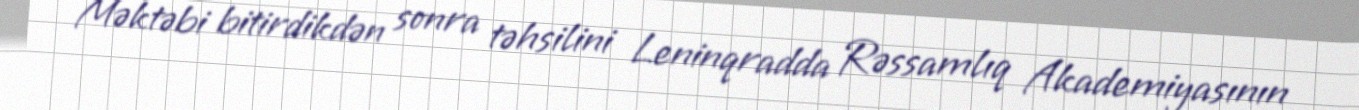
Məktəbi bitirdikdən sonra təhsilini Leninqradda Rəssamlıq Akademiyasının